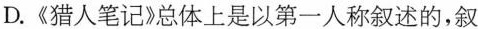
D.《猎人笔记》总体上是以第一人称叙述的，叙